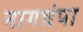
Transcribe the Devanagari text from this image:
नागचंपा